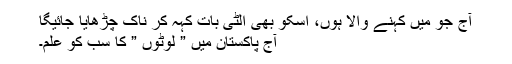
آج جو میں کہنے والا ہوں، اسکو بھی الٹی بات کہہ کر ناک چڑھایا جائیگا
آج پاکستان میں ” لوٹوں ” کا سب کو علم۔